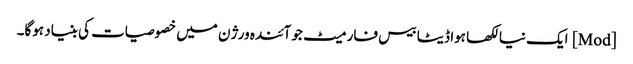
[Mod] ایک نیا لکھا ہوا ڈیٹا بیس فارمیٹ جو آئندہ ورژن میں خصوصیات کی بنیاد ہوگا۔